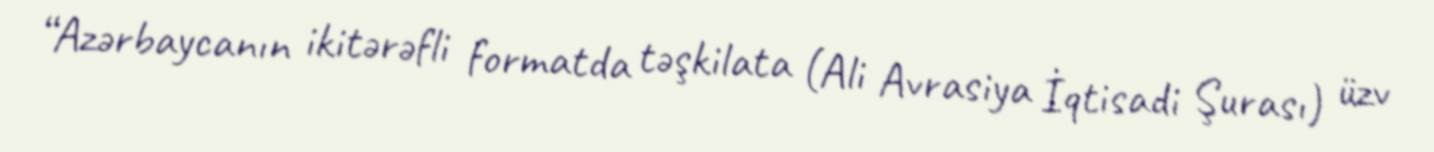
“Azərbaycanın ikitərəfli formatda təşkilata (Ali Avrasiya İqtisadi Şurası) üzv